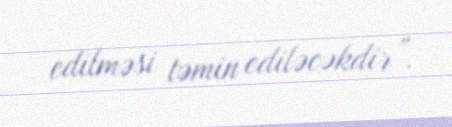
edilməsi təmin ediləcəkdir”.